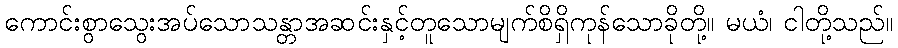
ကောင်းစွာသွေးအပ်သောသန္တာအဆင်းနှင့်တူသောမျက်စိရှိကုန်သောခိုတို့။ မယံ၊ ငါတို့သည်။